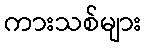
ကားသစ်များ